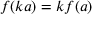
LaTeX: f ( k a ) = k f ( a )